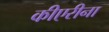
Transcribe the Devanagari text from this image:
कीएरीना